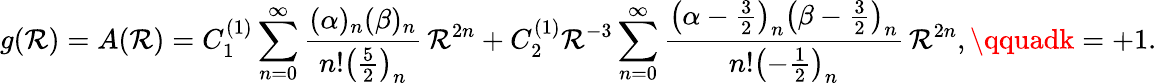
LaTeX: g(\mathcal{R})=A(\mathcal{R})=C_{1}^{(1)}\sum_{n=0}^{\infty}\frac{{(\alpha)_{n}(\beta)_{n}}}{{n!\left(\frac{5}{2}\right)_{n}}}\, \mathcal{R}^{2n}+C_{2}^{(1)}\mathcal{R}^{-3}\sum_{n=0}^{\infty}\frac{{\left(\alpha-\frac{3}{2}\right)_{n}\left(\beta-\frac{3}{2}\right)_{n}}}{{n!\left(-\frac{1}{2}\right)_{n}}}\, \mathcal{R}^{2n},\qquadk=+1.